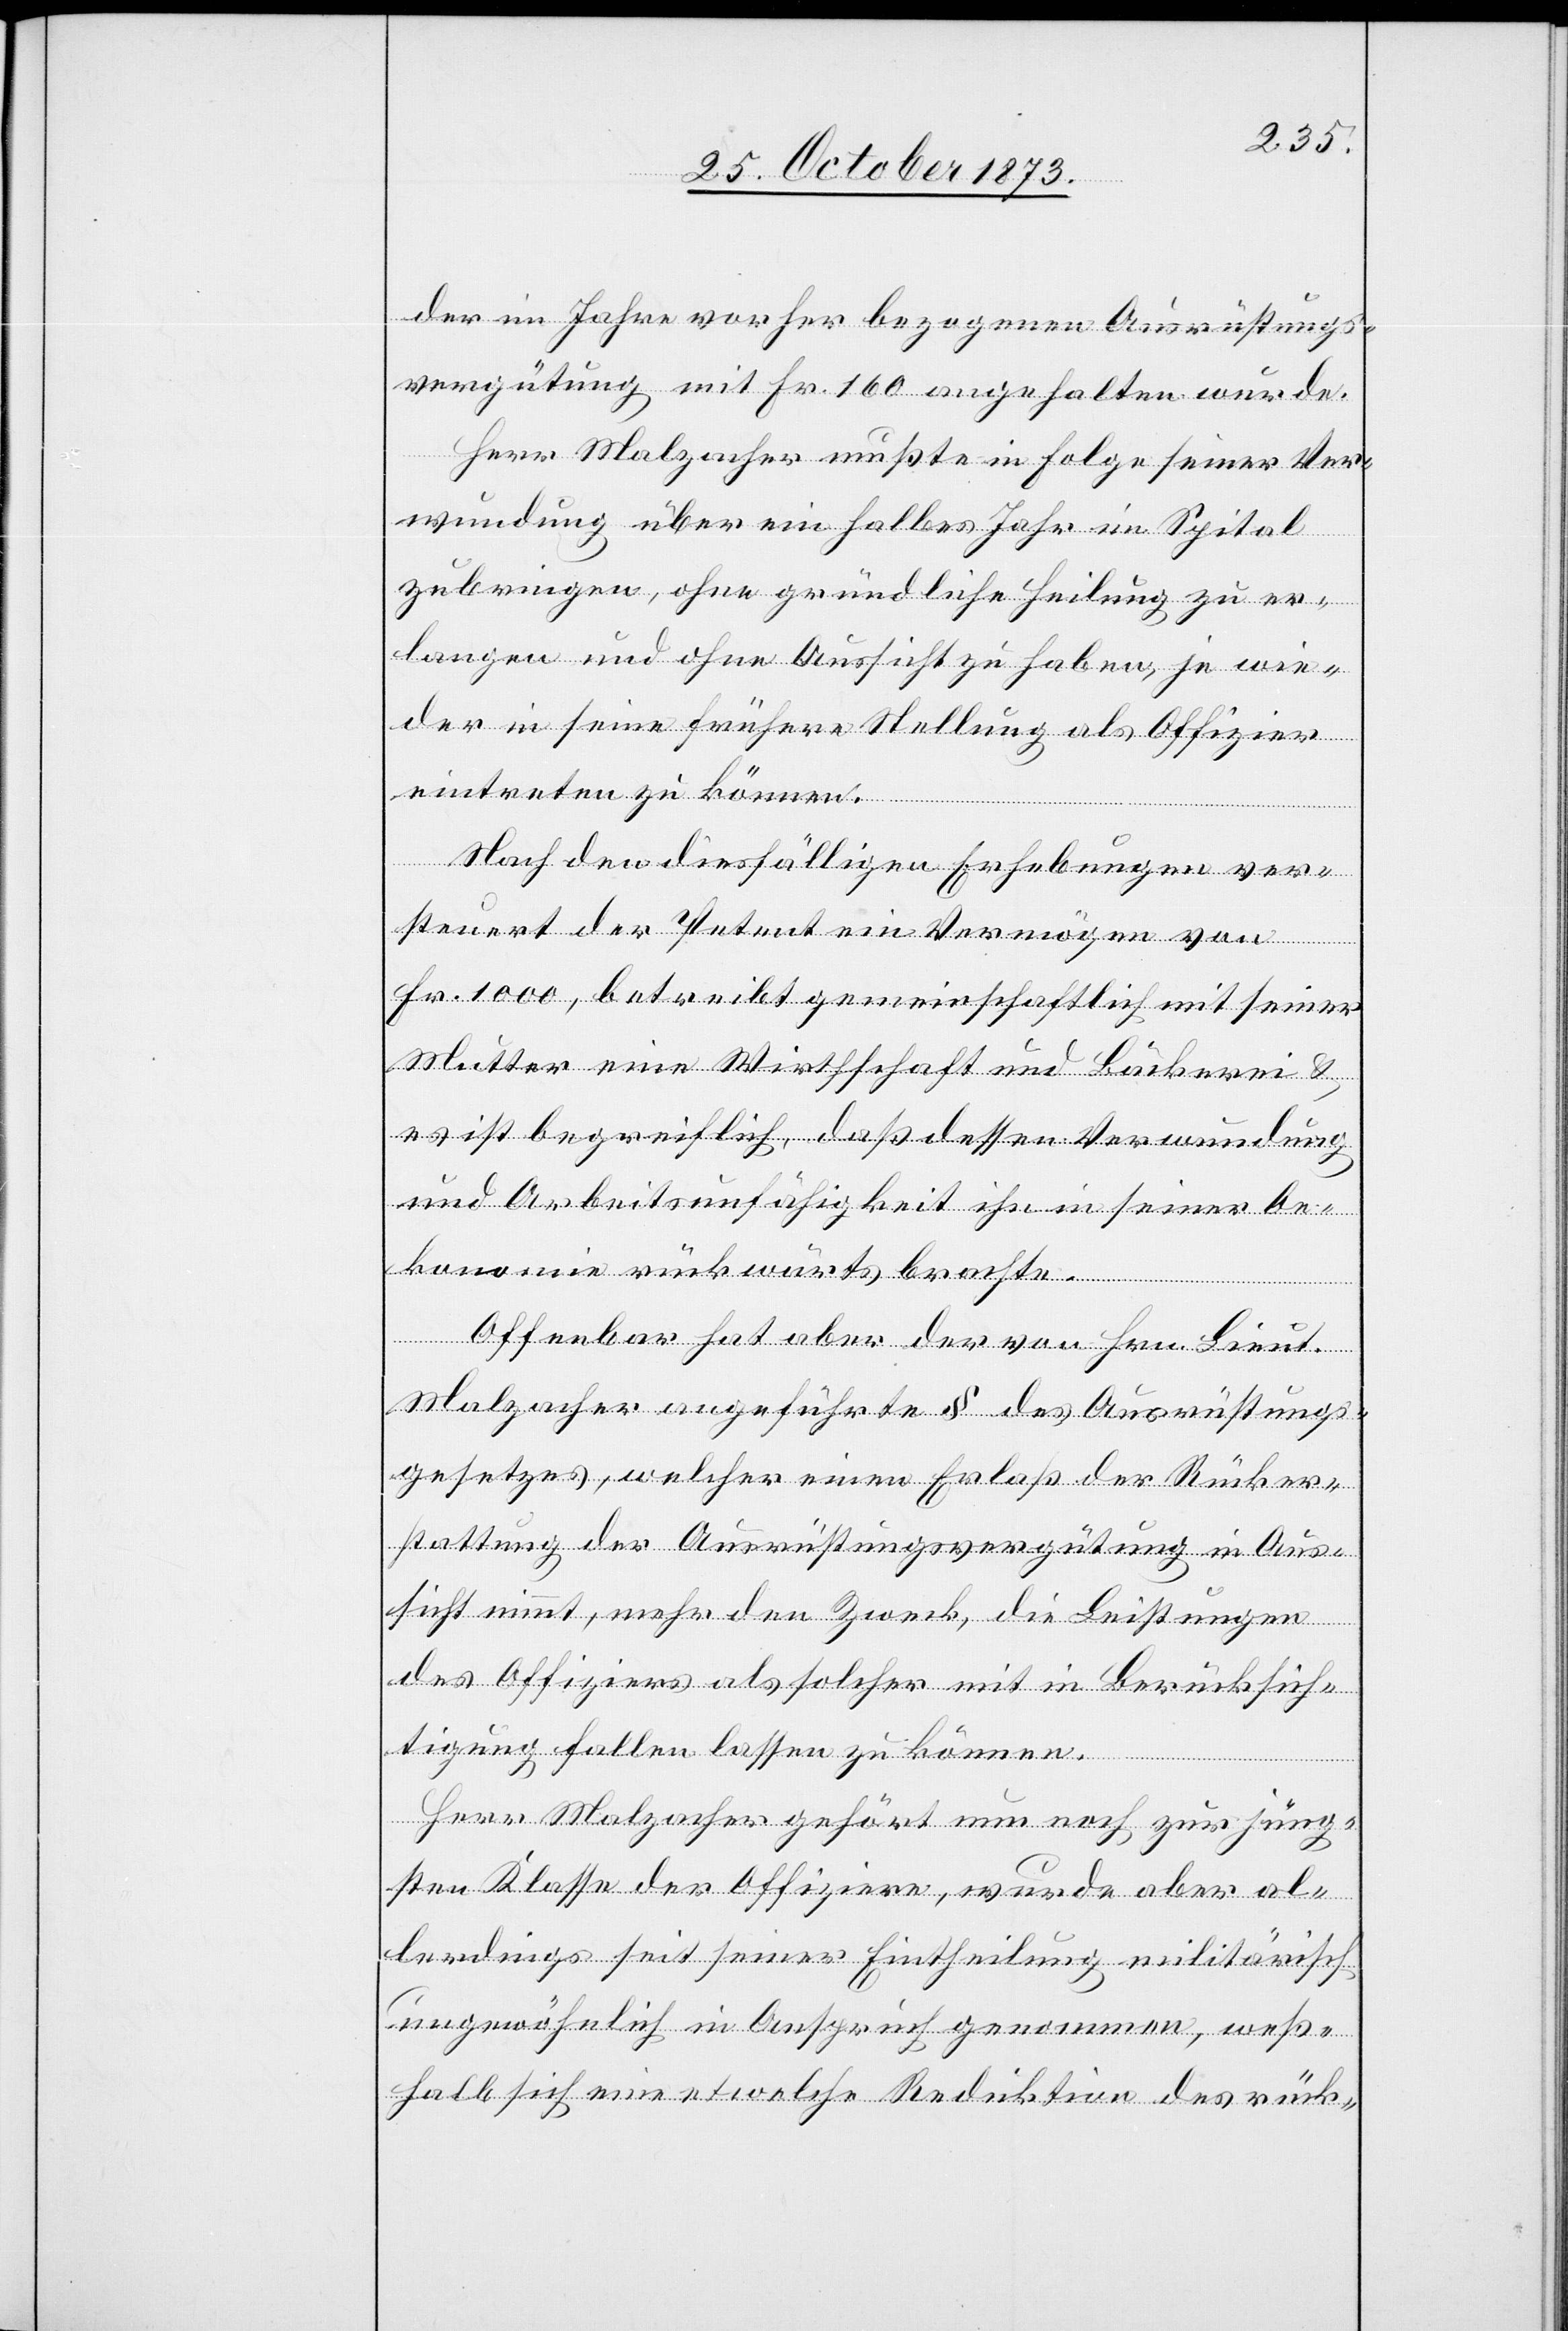
der im Jahre vorher bezogenen Ausrüstungs¬
vergütung mit Fr. 160 angehalten wurde.
Herr Malzacher mußte in Folge seiner Ver¬
wundung über ein halbes Jahr im Spital
zubringen, ohne gründliche Heilung zu er¬
langen und ohne Aussicht zu haben, je wie¬
der in seine frühere Stellung als Offizier
eintreten zu können.
Nach den diesfälligen Erhebungen ver¬
steuert der Petent ein Vermögen von
Fr. 1000, betreibt gemeinschaftlich mit seiner
Mutter eine Wirthschaft und Bäckerei &
es ist begreiflich, daß dessen Verwundung
und Arbeitsunfähigkeit ihn in seiner Oe¬
konomie rückwärts brachte.
Offenbar hat aber der von Hrn. Lieut.
Malzacher angeführte § des Ausrüstungs¬
gesetzes, welcher einen Erlaß der Rücker¬
stattung der Ausrüstungsvergütung in Aus¬
sicht nimmt, mehr den Zweck, die Leistungen
des Offiziers als solcher mit in Berücksich¬
tigung fallen lassen zu können.
Herr Malzacher gehört nun noch zur jüng¬
sten Klasse der Offiziere, wurde aber al¬
lerdings seit seiner Eintheilung militärisch
ungewöhnlich in Anspruch genommen, weß¬
halb sich eine etwelche Reduktion des rück-